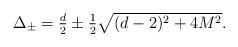
LaTeX: \begin{align*}\textstyle \Delta_\pm = \frac d2 \pm \frac 12 \sqrt{(d-2)^2+4M^2}.\end{align*}